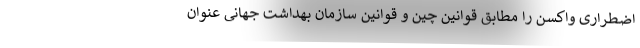
اضطراری واکسن را مطابق قوانین چین و قوانین سازمان بهداشت جهانی عنوان